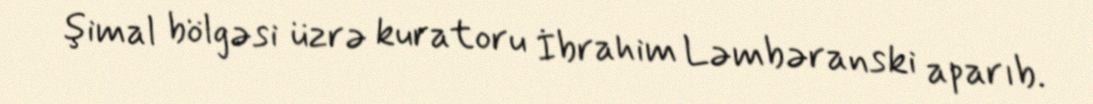
şimal bölgəsi üzrə kuratoru İbrahim Ləmbəranski aparıb.